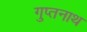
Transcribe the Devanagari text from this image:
गुप्तनाथ